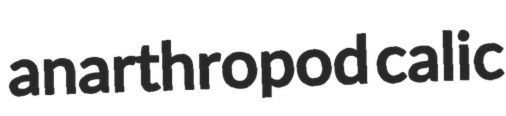
anarthropod calic